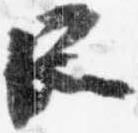
所